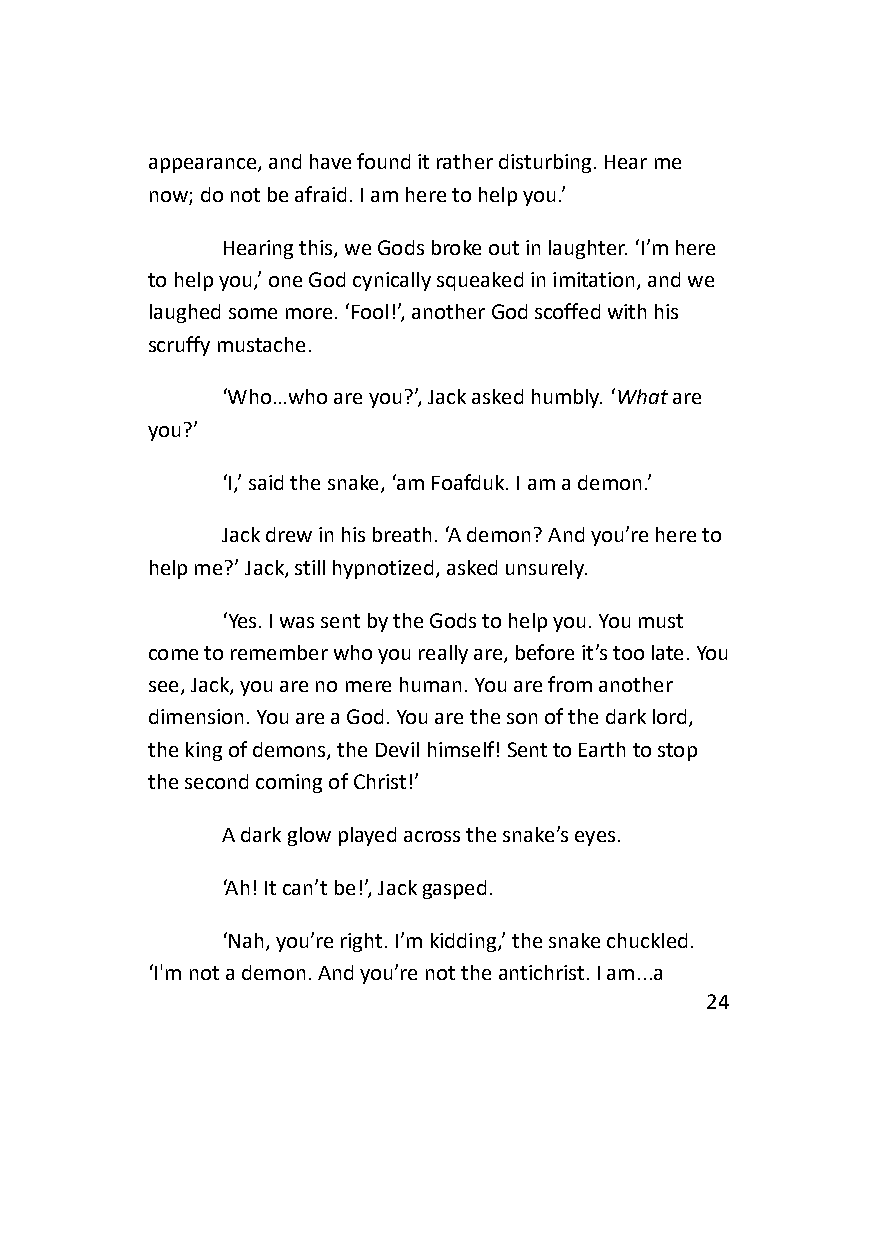
appearance, and have found it rather disturbing. Hear me
 now; do not be afraid. I am here to help you.’
 Hearing this, we Gods broke out in laughter. ‘I’m here
 to help you,’ one God cynically squeaked in imitation, and we
 laughed some more. ‘Fool!’, another God scoffed with his
 scruffy mustache.
 ‘Who…who are you?’, Jack asked humbly. ‘What are
 you?’
 ‘I,’ said the snake, ‘am Foafduk. I am a demon.’
 Jack drew in his breath. ‘A demon? And you’re here to
 help me?’ Jack, still hypnotized, asked unsurely.
 ‘Yes. I was sent by the Gods to help you. You must
 come to remember who you really are, before it’s too late. You
 see, Jack, you are no mere human. You are from another
 dimension. You are a God. You are the son of the dark lord,
 the king of demons, the Devil himself! Sent to Earth to stop
 the second coming of Christ!’
 A dark glow played across the snake’s eyes.
 ‘Ah! It can’t be!’, Jack gasped.
 ‘Nah, you’re right. I’m kidding,’ the snake chuckled.
 ‘I'm not a demon. And you’re not the antichrist. I am...a
 24